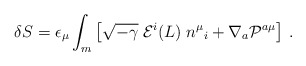
\begin{align*}\delta S = \epsilon_{\mu}\int_m \left[ \sqrt{-\gamma} \; {\cal E}^i (L) \; n^\mu{}_i+ \nabla_a {\cal P}^{a\mu}\right]\,.\end{align*}